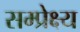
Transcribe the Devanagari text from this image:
सम्प्रेक्ष्य